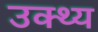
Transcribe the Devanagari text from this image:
उक्थ्य